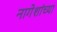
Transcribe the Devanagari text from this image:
नागेशांच्या